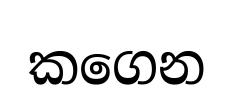
කගෙන